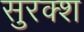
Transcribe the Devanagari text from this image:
सुरक्श